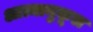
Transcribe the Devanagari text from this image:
आत्मानुकूल